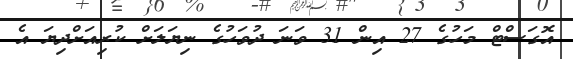
އޮގަސްޓް މަހުގެ 27 އިން 31 ވަނަ ދުވަހުގެ ނިޔަލަށް ކުރިއަށްދިޔަ އެ